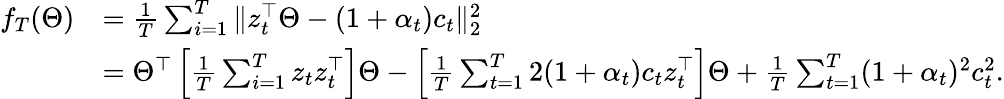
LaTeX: \begin{array}{rl}{f_{T}(\Theta)}&{=\frac{1}{T}\sum_{i=1}^{T}\| z_{t}^{\top}\Theta-(1+\alpha_{t})c_{t}\| _{2}^{2}}\\ &{=\Theta^{\top}\left[\frac{1}{T}\sum_{i=1}^{T}z_{t}z_{t}^{\top}\right]\Theta-\left[\frac{1}{T}\sum_{t=1}^{T}2(1+\alpha_{t})c_{t}z_{t}^{\top}\right]\Theta+\frac{1}{T}\sum_{t=1}^{T}(1+\alpha_{t})^{2}c_{t}^{2}.}\end{array}